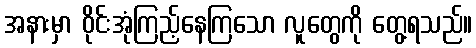
အနားမှာ ဝိုင်းအုံကြည့်နေကြသော လူတွေကို တွေ့ရသည်။